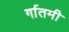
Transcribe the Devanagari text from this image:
र्गातमी